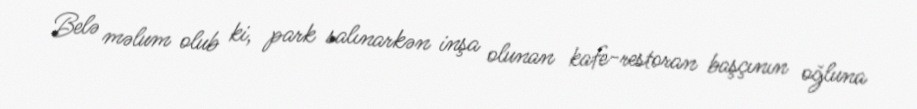
Belə məlum olub ki, park salınarkən inşa olunan kafe-restoran başçının oğluna